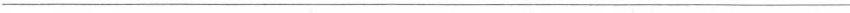
___